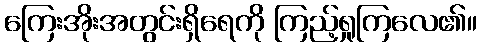
ကြေးအိုးအတွင်းရှိရေကို ကြည့်ရှုကြလေ၏။